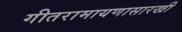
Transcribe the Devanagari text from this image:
गीतरामायणासारखी